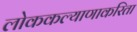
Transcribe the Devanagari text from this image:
लोककल्याणाकरिता